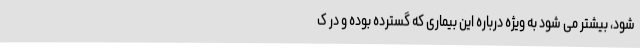
شود، بیشتر می شود به ویژه درباره این بیماری که گسترده بوده و در ک